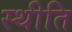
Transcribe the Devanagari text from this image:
स्थीति